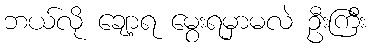
ဘယ်လို ချော့ရ မွေးရမှာမလဲ ဦးကြီး